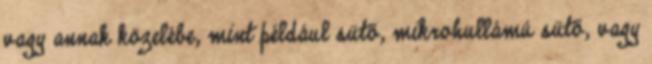
vagy annak közelébe, mint például sütő, mikrohullámú sütő, vagy